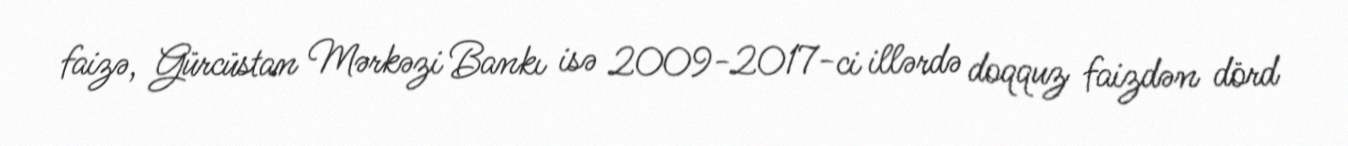
faizə, Gürcüstan Mərkəzi Bankı isə 2009-2017-ci illərdə doqquz faizdən dörd